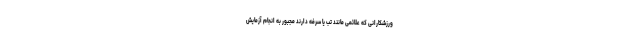
ورزشکارانی که علائمی مانند تب یا سرفه دارند مجبور به انجام آزمایش